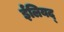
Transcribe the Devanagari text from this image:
ईलियद्